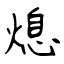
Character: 熄